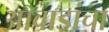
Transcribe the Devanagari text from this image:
आवाडांचा